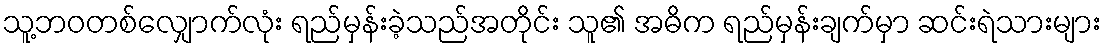
သူ့ဘဝတစ်လျှောက်လုံး ရည်မှန်းခဲ့သည်အတိုင်း သူ၏ အဓိက ရည်မှန်းချက်မှာ ဆင်းရဲသားများ